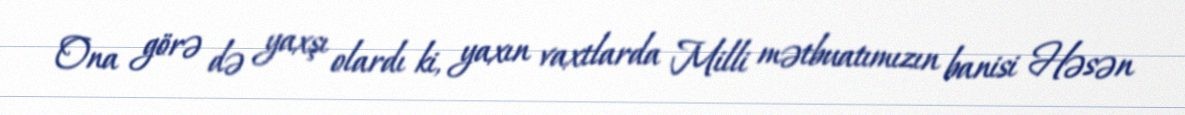
Ona görə də yaxşı olardı ki, yaxın vaxtlarda Milli mətbuatımızın banisi Həsən